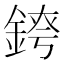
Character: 𨨆